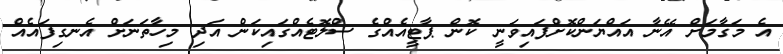
އެ މަގާމަށް އޭނާ އައްޔަންކޮށްފައިވަނީ ކޮން ޕާޓީއެއްގެ ސްލޮޓެއްގައިކަން އަދި މިހާތަނަށް އެނގިފައެއް